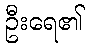
ဦးရေ၏